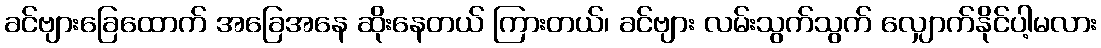
ခင်ဗျားခြေထောက် အခြေအနေ ဆိုးနေတယ် ကြားတယ်၊ ခင်ဗျား လမ်းသွက်သွက် လျှောက်နိုင်ပါ့မလား